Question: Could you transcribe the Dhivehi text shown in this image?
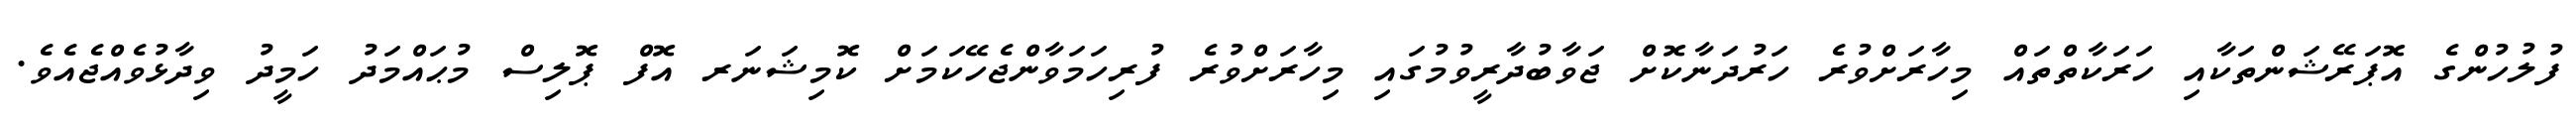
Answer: ފުލުހުންގެ އޮޕަރޭޝަންތަކާއި ހަރަކާތްތައް މިހާރަށްވުރެ ހަރުދަނާކޮށް ޖަވާބުދާރީވުމުގައި މިހާރަށްވުރެ ފުރިހަމަވާންޖެހޭކަމަށް ކޮމިޝަނަރ އޮފް ޕޮލިސް މުޙައްމަދު ހަމީދު ވިދާޅުވެއްޖެއެވެ.